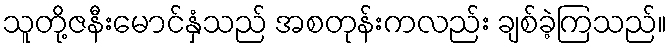
သူတို့ဇနီးမောင်နှံသည် အစတုန်းကလည်း ချစ်ခဲ့ကြသည်။